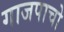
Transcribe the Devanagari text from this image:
गाजपाचो